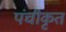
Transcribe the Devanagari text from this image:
पंचीकृत